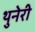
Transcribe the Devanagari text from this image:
थुनेरी